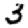
Digit: 3